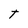
Character: t